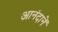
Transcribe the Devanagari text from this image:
आनंदानें